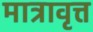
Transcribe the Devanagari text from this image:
मात्रावृत्त